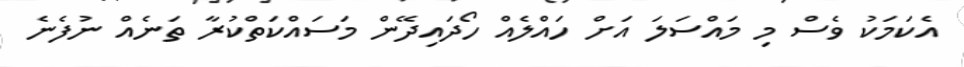
އެކަމަކު ވެސް މި މައްސަލަ އަށް ހައްލެއް ހޯދައިދޭން މަސައްކަތްކުރާ ތަނެއް ނުފެނެ